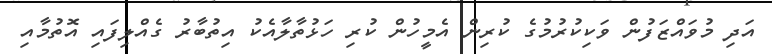
އަދި މުވައްޒަފުން ވަކިކުރުމުގެ ކުރިން އެމީހުން ކުރި ހަޅުތާލާއެކު އިތުބާރު ގެއްލިފައި އޮތުމާއި